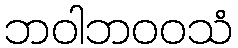
ဘဝါဘဝဝသံ